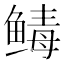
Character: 𬶡